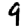
Digit: 9